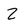
Character: 2